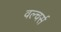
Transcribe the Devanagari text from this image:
वल्चर्स